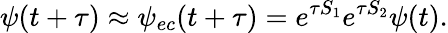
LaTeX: \psi(t+\tau)\approx\psi_{ec}(t+\tau)=e^{\tau S_{1}}e^{\tau S_{2}}\psi(t).